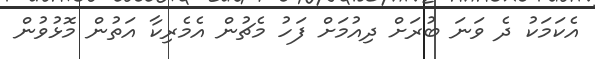
އެކަމަކު ދެ ވަނަ ބުރަށް ދިއުމަށް ފަހު މެޗުން އެމެރިކާ އަތުން މޮޅުވުން